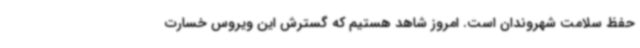
حفظ سلامت شهروندان است. امروز شاهد هستیم که گسترش این ویروس خسارت